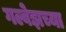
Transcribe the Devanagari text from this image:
गल्वेझच्या